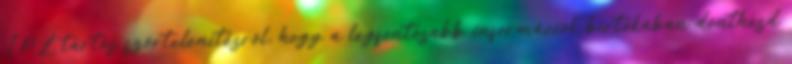
IPL tartós szőrtelenítésről, hogy a legfontosabb információk birtokában dönthesd